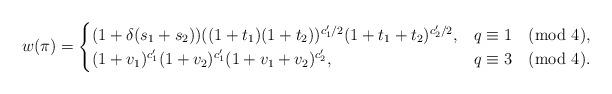
LaTeX: \begin{align*}w(\pi)=\begin{cases} (1+\delta(s_1+s_2))((1+t_1)(1+t_2))^{c_1'/2}(1+t_1+t_2)^{c_2'/2}, & q\equiv 1 \pmod 4,\\(1+v_1)^{c_1'}(1+v_2)^{c_1'}(1+v_1+v_2)^{c_2'}, & q \equiv 3 \pmod 4.\end{cases}\end{align*}